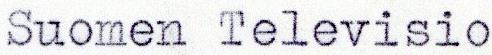
Suomen Televisio